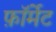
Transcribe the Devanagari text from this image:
फ़ाॅर्मेट